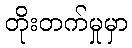
တိုးတက်မှုမှာ